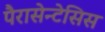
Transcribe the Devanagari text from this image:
पैरासेन्टेसिस